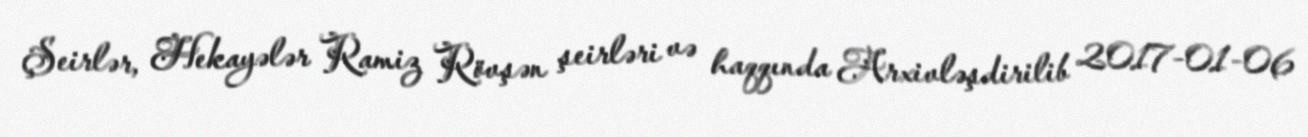
Şeirlər, Hekayələr Ramiz Rövşən şeirləri və haqqında Arxivləşdirilib 2017-01-06